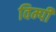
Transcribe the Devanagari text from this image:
विम्पी